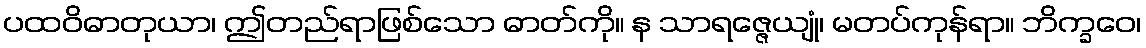
ပထဝိဓာတုယာ၊ ဤတည်ရာဖြစ်သော ဓာတ်ကို။ န သာရဇ္ဇေယျုံ၊ မတပ်ကုန်ရာ။ ဘိက္ခဝေ၊